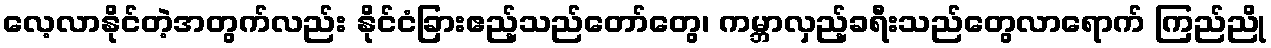
လေ့လာနိုင်တဲ့အတွက်လည်း နိုင်ငံခြားဧည့်သည်တော်တွေ၊ ကမ္ဘာလှည့်ခရီးသည်တွေလာရောက် ကြည်ညို